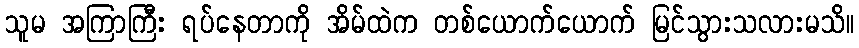
သူမ အကြာကြီး ရပ်နေတာကို အိမ်ထဲက တစ်ယောက်ယောက် မြင်သွားသလားမသိ။